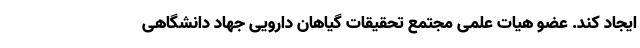
ایجاد کند. عضو هیات علمی مجتمع تحقیقات گیاهان دارویی جهاد دانشگاهی